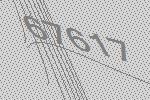
67617